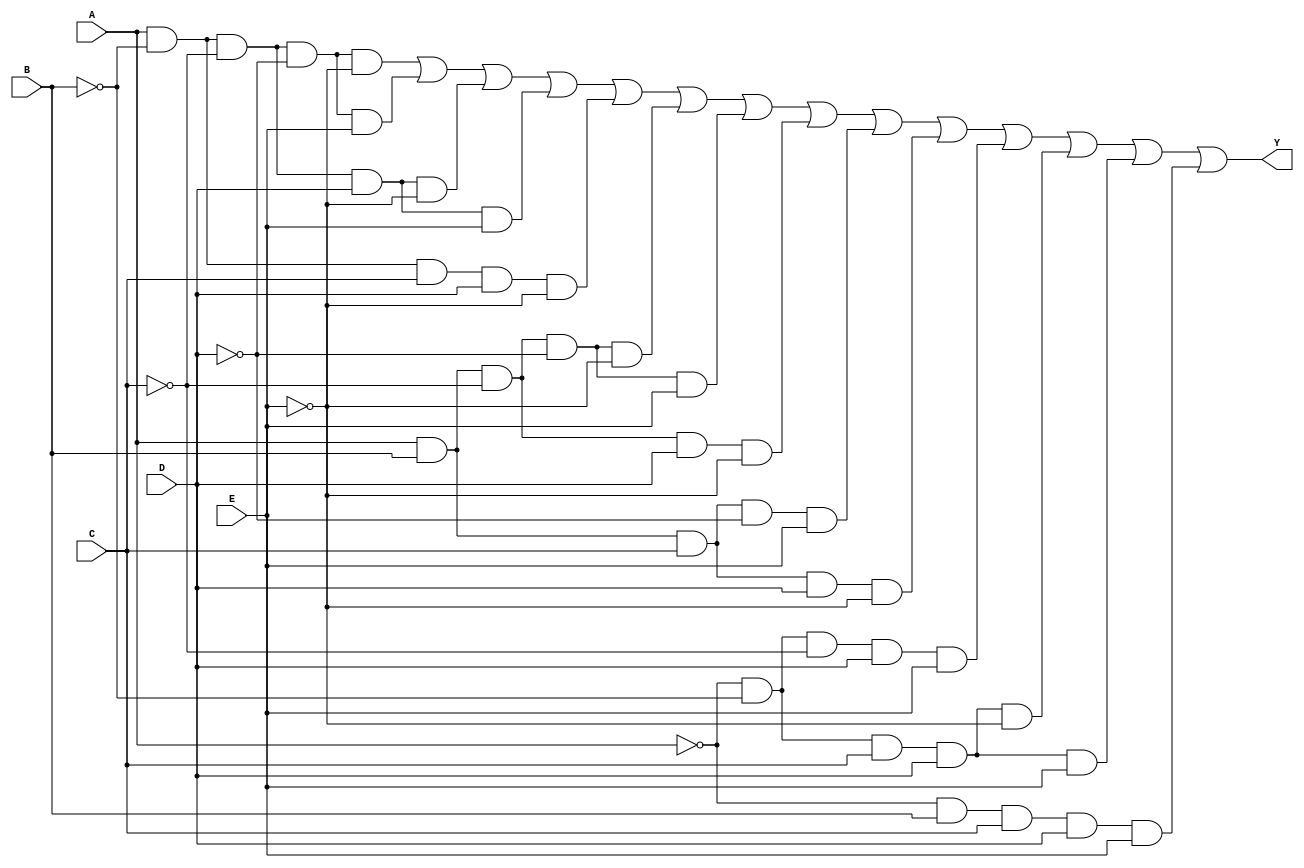
module five_variable_kmap (
    input wire A,      // Input variable A
    input wire B,      // Input variable B
    input wire C,      // Input variable C
    input wire D,      // Input variable D
    input wire E,      // Input variable E
    output wire Y      // Output Y
);

// K-map implementation based on specified minterms
// Define the minterms for which the function should output '1'
// Example minterms: 0, 1, 2, 3, 7, 8, 9, 10, 14, 15, 24, 25, 26, 30
// This means Y is 1 for the aforementioned minterms
assign Y = (A & ~B & ~C & ~D & ~E) |  // minterm 0
           (A & ~B & ~C & ~D & E)  |  // minterm 1
           (A & ~B & ~C & D & ~E)  |  // minterm 2
           (A & ~B & ~C & D & E)   |  // minterm 3
           (A & ~B & C & D & ~E)   |  // minterm 7
           (A & B & ~C & ~D & ~E)  |  // minterm 8
           (A & B & ~C & ~D & E)   |  // minterm 9
           (A & B & ~C & D & ~E)   |  // minterm 10
           (A & B & C & ~D & E)     |  // minterm 14
           (A & B & C & D & ~E)     |  // minterm 15
           (~A & ~B & ~C & D & E)   |  // minterm 24
           (~A & ~B & C & D & ~E)   |  // minterm 25
           (~A & ~B & C & D & E)    |  // minterm 26
           (~A & B & C & D & E);      // minterm 30

endmodule